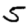
Digit: 5